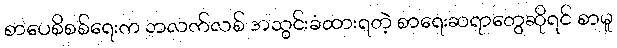
စာပေစိစစ်ရေးက ဘလက်လစ် အသွင်းခံထားရတဲ့ စာရေးဆရာတွေဆိုရင် စာမူ